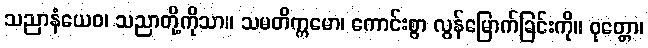
သညာနံယေဝ၊ သညာတို့ကိုသာ။ သမတိက္ကမော၊ ကောင်းစွာ လွန်မြောက်ခြင်းကို။ ဝုတ္တော၊